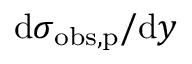
\mathrm { d } \sigma _ { \mathrm { o b s , p } } / \mathrm { d } y